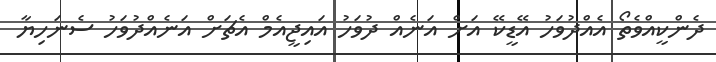
ދެންކީއްވެތޯ އެއްދުވަހު އޭޑީކޭ އަށް އަނެއް ދުވަހު އައިޖީއެމް އެޗަށް އަނެއްދުވަހު ސެނަހިޔާ